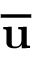
\overline { { \mathbf { u } } }